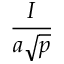
\frac { I } { a { \sqrt { p } } }